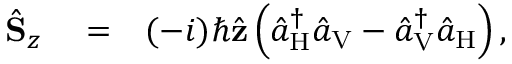
\begin{array} { r l r } { \hat { \bf S } _ { z } } & { { } = } & { ( - i ) \hbar \hat { \bf z } \left( \hat { a } _ { \mathrm { H } } ^ { \dagger } \hat { a } _ { \mathrm { V } } - \hat { a } _ { \mathrm { V } } ^ { \dagger } \hat { a } _ { \mathrm { H } } \right) , } \end{array}